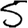
Digit: 5